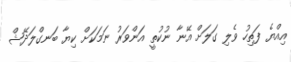
އިއްޔެ ފަތިހު ވެލި ގަލަށް އޭނާ ނުކުތީ އަންވަރު ނަމަކަށް ކިޔާ ބަނގްލަދޭޝް